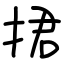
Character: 捃